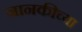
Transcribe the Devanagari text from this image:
जानकीच्या